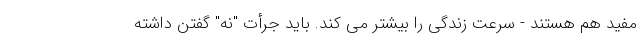
مفید هم هستند - سرعت زندگی را بیشتر می کند. باید جرأت "نه" گفتن داشته